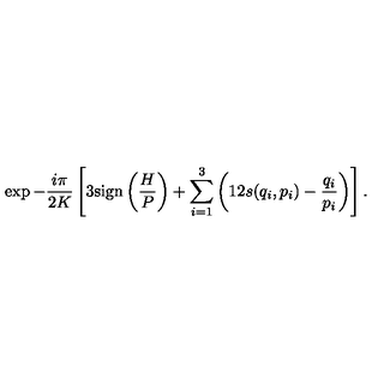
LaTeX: \exp - \frac { i \pi } { 2 K } \left[ 3 \mathrm { s i g n } \left( \frac { H } { P } \right) + \sum _ { i = 1 } ^ { 3 } \left( 1 2 s ( q _ { i } , p _ { i } ) - \frac { q _ { i } } { p _ { i } } \right) \right] .